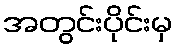
အတွင်းပိုင်းမှ